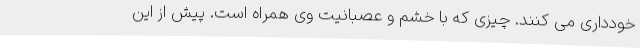
خودداری می کنند. چیزی که با خشم و عصبانیت وی همراه است. پیش از این